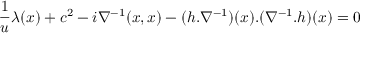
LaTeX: \frac { 1 } { u } \lambda ( x ) + c ^ { 2 } - i \nabla ^ { - 1 } ( x , x ) - ( h . \nabla ^ { - 1 } ) ( x ) . ( \nabla ^ { - 1 } . h ) ( x ) = 0